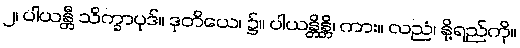
၂၊ ပါယန္တီ သိက္ခာပုဒ်။ ဒုတိယေ၊ ၌။ ပါယန္တိန္တိ၊ ကား။ လညံ၊ နို့ရည်ကို။